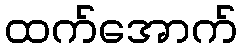
ထက်အောက်